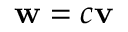
\mathbf { w } = c \mathbf { v }